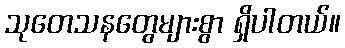
သုတေသနတွေများစွာ ရှိပါတယ်။